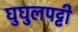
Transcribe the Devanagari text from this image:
घुघुलपट्टी